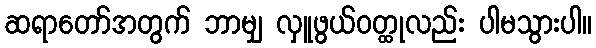
ဆရာတော်အတွက် ဘာမျှ လှူဖွယ်ဝတ္ထုလည်း ပါမသွားပါ။